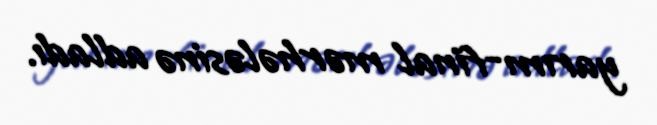
yarım-final mərhələsinə adladı.